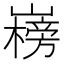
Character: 𡽲